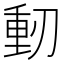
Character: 𠞕